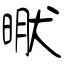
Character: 猒